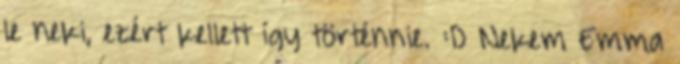
le neki, ezért kellett így történnie. :D Nekem Emma